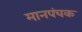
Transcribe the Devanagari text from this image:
मानपंचक